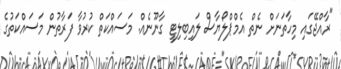
"ރާއްޖޭގައި މިހާތަނަށް ނެތް އެމްޕްލޯޔާސް ލައިބިލިޓީ ގާނޫނެއް. މަަސައްކަތް ކުރުވާ ފަރާތުން މަސައްކަތުގެ